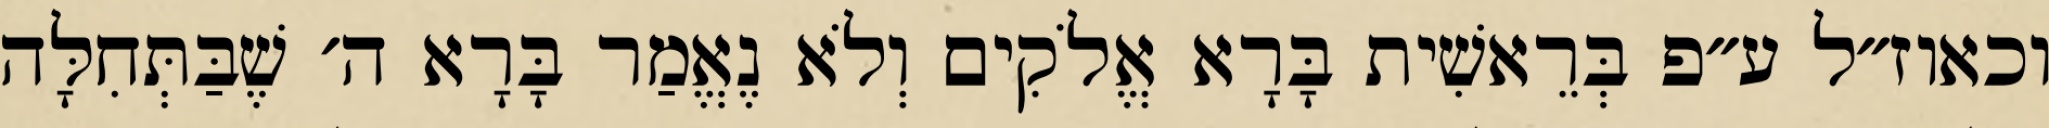
וכאוז״ל ע״פ בְּרֵאשִׁית בָּרָא אֱלֹקִים וְלֹא נֶאֱמַר בָּרָא ה׳ שֶׁבַּתְּחִלָּה